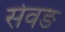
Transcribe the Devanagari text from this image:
सेवङ